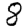
Digit: 8